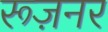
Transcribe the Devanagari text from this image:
रूज़नर